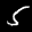
Label: 5